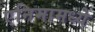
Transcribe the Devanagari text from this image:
एनिमामध्ये